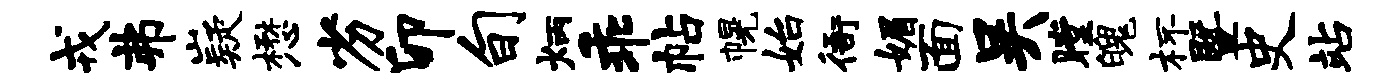
戎弗嶷懋劣卯旬炳乖帖幌始衙媚面吴瞠魄杯暨史站